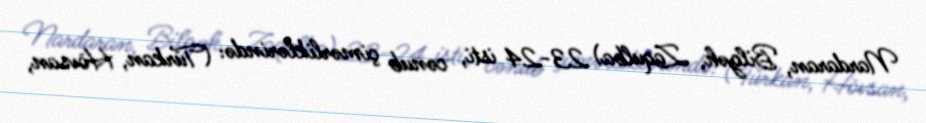
Nardaran, Bilgəh, Zaqulba) 23-24 isti, cənub çimərliklərində: (Türkan, Hövsan,